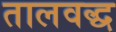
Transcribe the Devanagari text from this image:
तालवद्ध